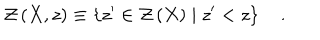
{ \cal Z } \left( X , z \right) \equiv \left\{ z ^ { \prime } \in { \cal Z } \left( X \right) \mid z ^ { \prime } < z \right\} \quad .